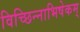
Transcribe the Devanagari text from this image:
विच्छिन्नाभिषेकम्